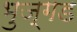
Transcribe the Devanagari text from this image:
भुज्गड